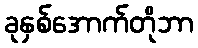
ခုနှစ်အောက်တိုဘာ